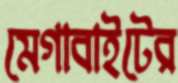
মেগাবাইটের